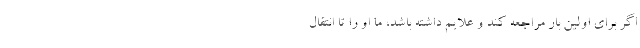
اگر برای اولین بار مراجعه کند و علایم داشته باشد، ما او را تا انتقال